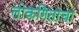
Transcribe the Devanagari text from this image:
लोकगिताचा